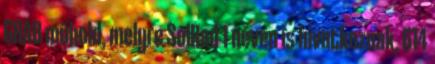
GRAB műhold, melyre SolRad 1 néven is hivatkoznak, 614